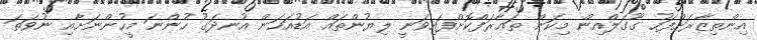
އިންތިޒާރަށްފަހު ގޫގަލްއިން މިކަން ތަޢާރަފްކޮށްފައިވަނީ ލިޔުންތައް އަޑުއަހަން އުނދަގޫ ހުންނަ މީހުންނަށާއި ނުވަތަ